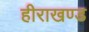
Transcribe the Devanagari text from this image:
हीराखण्ड